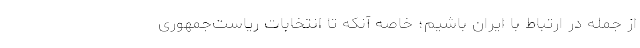
از‌ جمله در ارتباط با ایران باشیم؛ خاصه آنکه تا انتخابات ریاست‌جمهوری